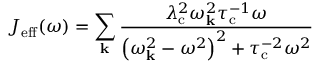
J _ { \mathrm { e f f } } ( \omega ) = \sum _ { \mathbf { k } } \frac { \lambda _ { \mathrm { c } } ^ { 2 } \omega _ { \mathbf { k } } ^ { 2 } \tau _ { \mathrm { c } } ^ { - 1 } \omega } { \left( \omega _ { \mathbf { k } } ^ { 2 } - \omega ^ { 2 } \right) ^ { 2 } + \tau _ { \mathrm { c } } ^ { - 2 } \omega ^ { 2 } }